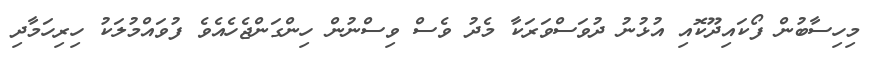
މިހިސާބުން ފޯކައިދޫކޮއި އުޅުނު ދުވަސްވަރަކާ މެދު ވެސް ވިސްނުން ހިންގަންޖެހެއެވެ ފުވައްމުލަކު ހިރިހަމާދި